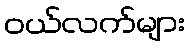
ဝယ်လက်များ